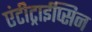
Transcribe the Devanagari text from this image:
एंटीट्राईप्सिन